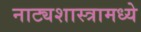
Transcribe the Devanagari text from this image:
नाट्यशास्त्रामध्ये